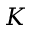
K